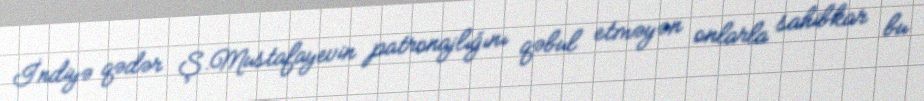
İndiyə qədər Ş.Mustafayevin patronajlığını qəbul etməyən onlarla sahibkar bu